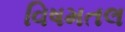
વિષમતલ